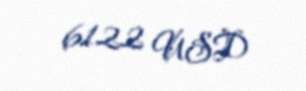
6122 USD